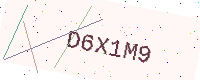
Text: D6X1M9